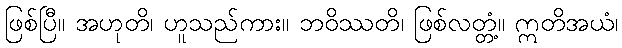
ဖြစ်ပြီ။ အဟုတိ၊ ဟူသည်ကား။ ဘဝိဿတိ၊ ဖြစ်လတ္တံ့။ ဣတိအယံ၊